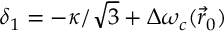
\delta _ { 1 } = - \kappa / \sqrt 3 + \Delta \omega _ { c } ( \vec { r } _ { 0 } )